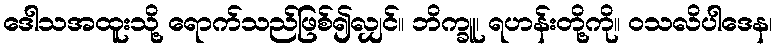
ဒေါသအထူးသို့ ရောက်သည်ဖြစ်၍လျှင်။ ဘိက္ခူ၊ ရဟန်းတို့ကို။ ဝသလိပါဒေန၊